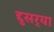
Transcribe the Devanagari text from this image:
द्दुसर्‍या